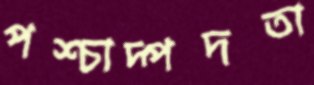
পশ্চাদ্পদতা